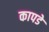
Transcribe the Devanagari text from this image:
कापडे